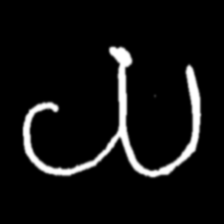
Pyu character \u2014 Myanmar letter: ယ (romanized: ya)